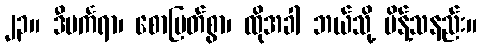
၂၃။ ဒီပင်္ကရာ၊ စောမြတ်စွာ၊ ထိုအခါ ဘယ်သို့ မိန့်သနည်း။